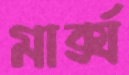
মার্ক্স